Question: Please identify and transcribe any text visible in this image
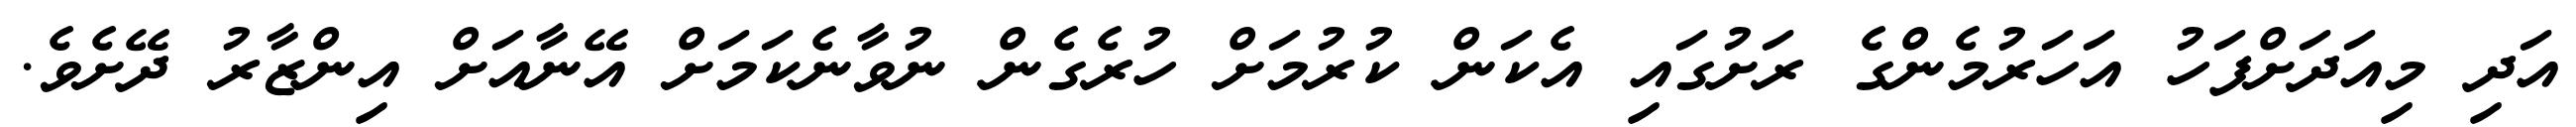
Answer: އަދި މިއަދަށްފަހު އަހަރުމެންގެ ރަށުގައި އެކަން ކުރުމަށް ހުރެގެން ނުވާނެކަމަށް އޭނާއަށް އިންޒާރު ދޭށެވެ.